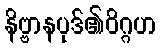
နိဗ္ဗာနပုဒ်၏ဝိဂ္ဂဟ